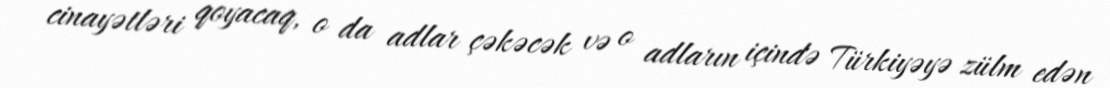
cinayətləri qoyacaq, o da adlar çəkəcək və o adların içində Türkiyəyə zülm edən